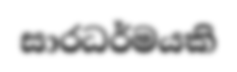
සාරධර්මයකි